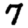
Digit: 7